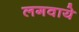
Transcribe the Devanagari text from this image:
लगवाये